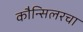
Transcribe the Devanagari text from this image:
कौन्सिलरचा